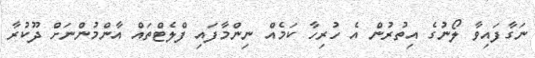
ނަގާފައިވާ ލޯނުގެ އިތުރުން އެ ހުރިހާ ކަމެއް ނިންމާފައި ފްލެޓްތައް އާންމުންނަށް ދޫކުރާ